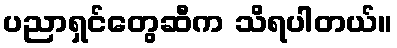
ပညာရှင်တွေဆီက သိရပါတယ်။